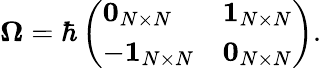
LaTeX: \boldsymbol{\Omega}=\hbar\left(\begin{array}{ll}{\boldsymbol{0}_{N\times N}}&{\boldsymbol{1}_{N\times N}}\\ {-\boldsymbol{1}_{N\times N}}&{\boldsymbol{0}_{N\times N}}\end{array}\right).